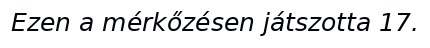
Ezen a mérkőzésen játszotta 17.